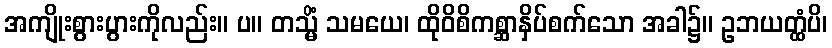
အကျိုးစွားပွားကိုလည်း။ ပ။ တသ္မိံ သမယေ၊ ထိုဝိစိကစ္ဆာနှိပ်စက်သော အခါ၌။ ဥဘယတ္ထံပိ၊